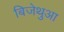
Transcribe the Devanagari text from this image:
बिजेथुआ